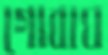
গোবাঘ